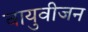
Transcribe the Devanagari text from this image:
वायुवीजन